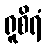
ရူစိရံ